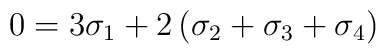
0 = 3\sigma_1+2\left(\sigma_2+\sigma_3+\sigma_4\right)